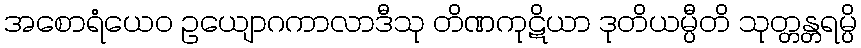
အစောရံယေဝ ဥယျောဂကာလာဒီသု တိဏကုဋိယာ ဒုတိယမ္ပီတိ သုတ္တန္တရမ္ပိ